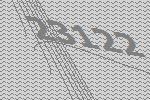
23122